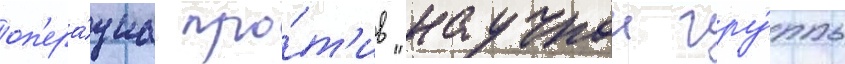
оп'ера́циа про́т'ив "научнои гру́ппы